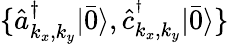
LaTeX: \{ \hat{a}_{{k_{x},k_{y}}}^{\dagger}|\bar{0}\rangle,\hat{c}_{{k_{x},k_{y}}}^{^\dagger}|\bar{0}\rangle\}